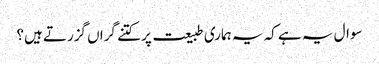
سوال یہ ہے کہ یہ ہماری طبیعت پر کتنے گراں گزرتے ہیں؟